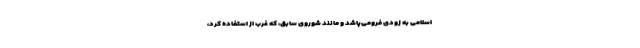
اسلامی به زودی فرومی‌پاشد و مانند شوروی سابق، که غرب از استفاده کرد،